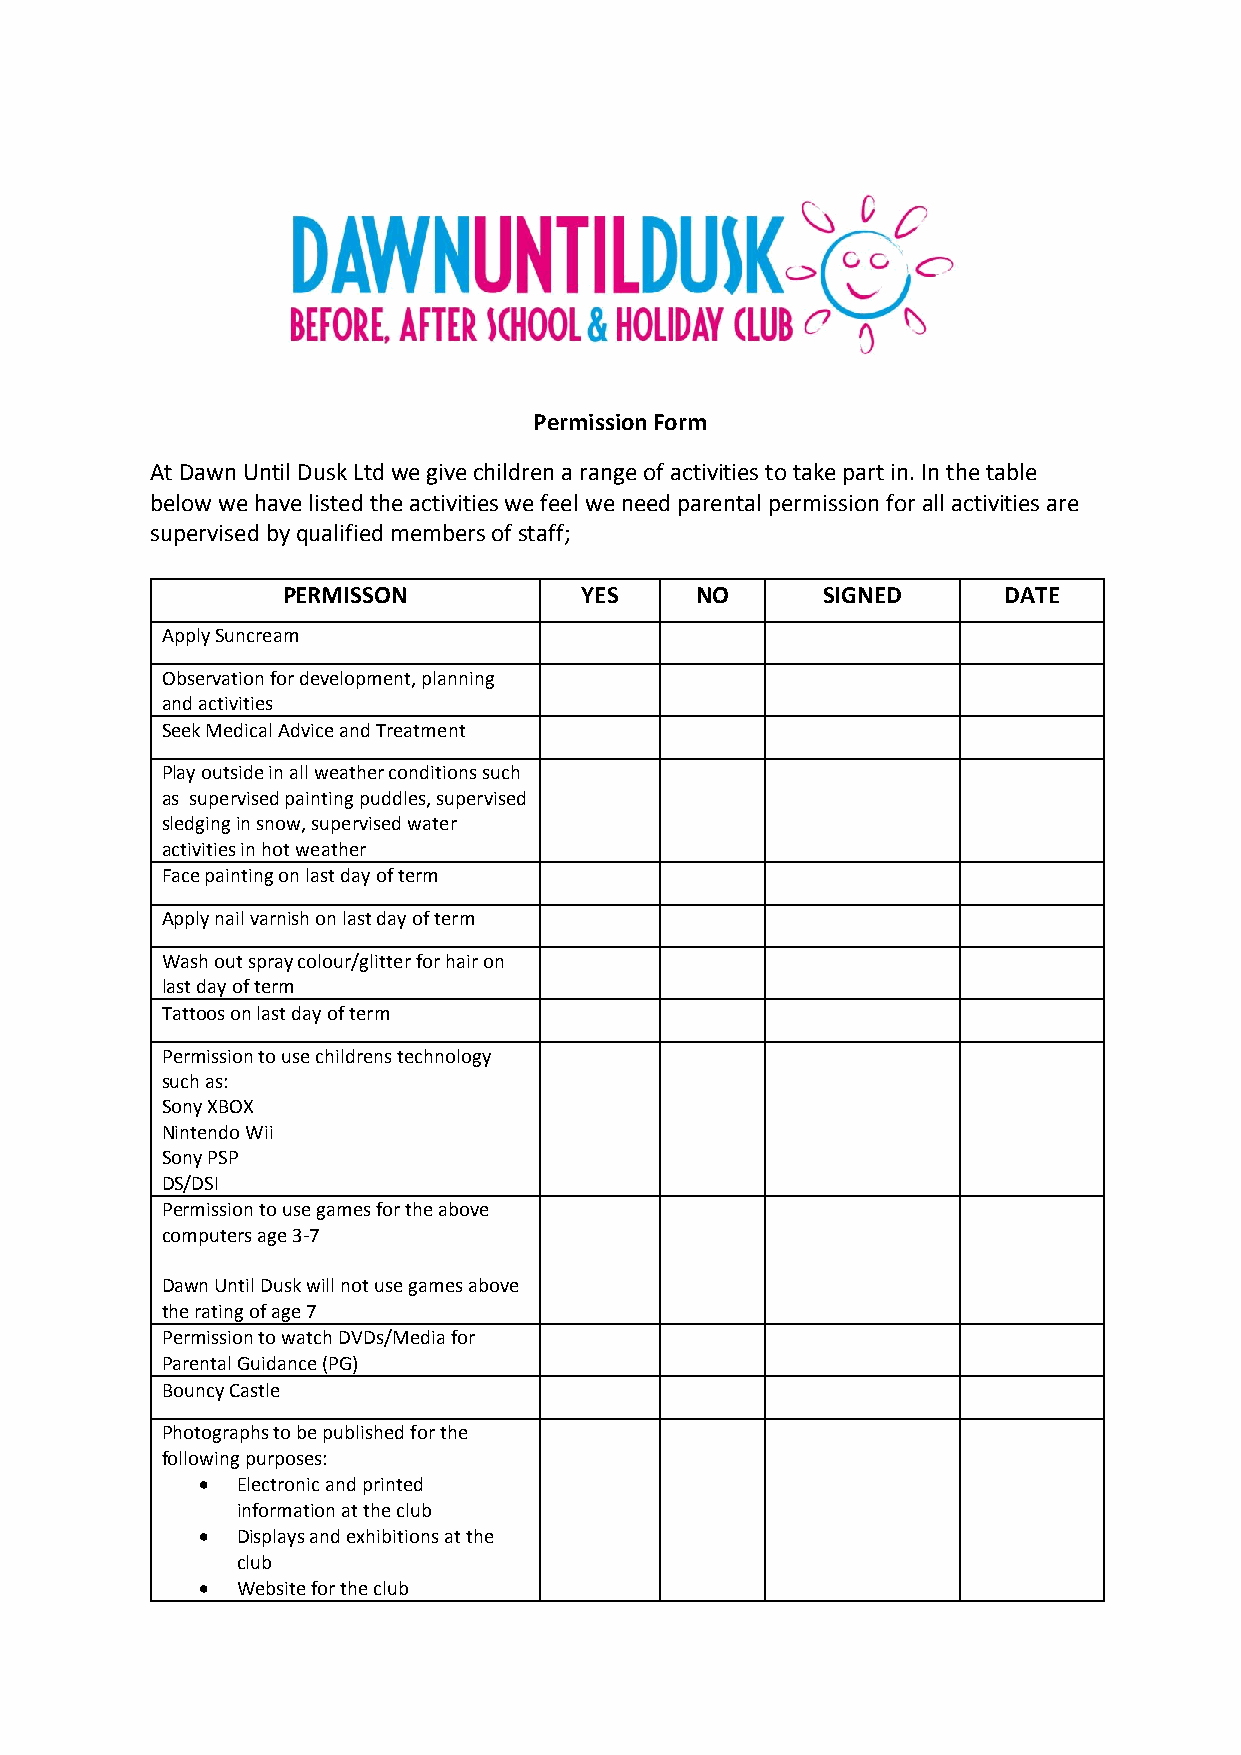
Permission Form
 At Dawn Until Dusk Ltd we give children a range of activities to take part in. In the table
 below we have listed the activities we feel we need parental permission for all activities are
 supervised by qualified members of staff;
 PERMISSON          YES     NO      SIGNED      DATE
 Apply Suncream
 Observation for development, planning
 and activities
 Seek Medical Advice and Treatment
 Play outside in all weather conditions such
 as supervised painting puddles, supervised
 sledging in snow, supervised water
 activities in hot weather
 Face painting on last day of term
 Apply nail varnish on last day of term
 Wash out spray colour/glitter for hair on
 last day of term
 Tattoos on last day of term
 Permission to use childrens technology
 such as:
 Sony XBOX
 Nintendo Wii
 Sony PSP
 DS/DSI
 Permission to use games for the above
 computers age 3-7
 Dawn Until Dusk will not use games above
 the rating of age 7
 Permission to watch DVDs/Media for
 Parental Guidance (PG)
 Bouncy Castle
 Photographs to be published for the
 following purposes:
   Electronic and printed
 information at the club
   Displays and exhibitions at the
 club
   Website for the club